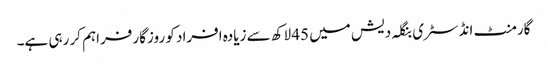
گارمنٹ انڈسٹری بنگلہ دیش میں 45 لاکھ سے زیادہ افراد کو روزگار فراہم کر رہی ہے۔